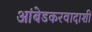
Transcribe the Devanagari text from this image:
आंबेडकरवादाशी